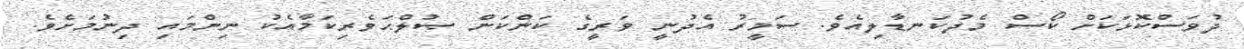
ދުވަސްކޮޅަކަށް ކޯސް މެދުކަނޑާލިއެވެ. ސަމީރު އެދުނީ ވަރީގެ ކަންކަން ޞުލްޙަވެރިކަމާއެކު ނިންމައި ދިނުމަށެވެ.